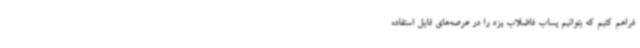
فراهم کنیم که بتوانیم پساب فاضلاب یزد را در عرصه‌های قابل استفاده